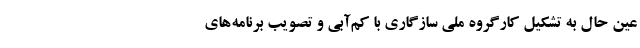
عین حال به تشکیل کارگروه ملی سازگاری با کم‌آبی و تصویب برنامه‌های